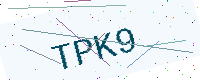
Text: TPK9